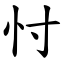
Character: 忖